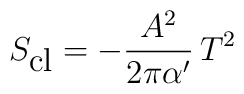
S_{\mbox{cl}}=-\frac{A^2}{2\pi\alpha'}\,T^2